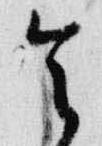
令